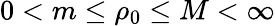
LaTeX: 0<m\le\rho_{0}\le M<\infty